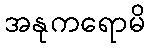
အနုကရောမိ